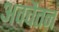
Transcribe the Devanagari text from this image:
अवचैतन